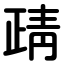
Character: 靕